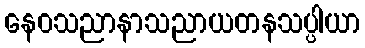
နေဝသညာနာသညာယတနသပ္ပါယာ